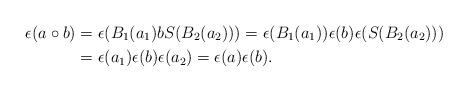
LaTeX: \begin{align*}\epsilon(a\circ b)&=\epsilon(B_1(a_1)bS(B_2(a_2)))=\epsilon(B_1(a_1))\epsilon(b)\epsilon(S(B_2(a_2)))\\&=\epsilon(a_1)\epsilon(b)\epsilon(a_2)=\epsilon(a)\epsilon(b).\end{align*}